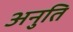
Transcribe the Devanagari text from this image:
अनुति